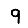
Digit: 9